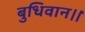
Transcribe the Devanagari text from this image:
बुधिवान।।